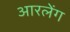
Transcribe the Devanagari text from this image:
आरलेंग